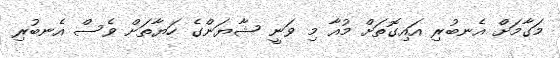
މަގާމަށް އެނބުރި އައިގޮތަށް މުއާ މި ވަނީ ޝާޔަންގެ ހަޔާތަށް ވެސް އެނބުރި